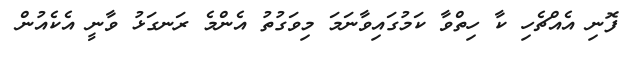
ފޮނި އެއްޗެހި ކާ ހިތްވާ ކަމުގައިވާނަމަ މިވަގުތު އެންމެ ރަނގަޅު ވާނީ އެކެއުން